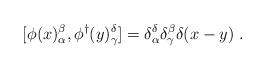
LaTeX: \begin{align*}[\phi(x)_\alpha^\beta,\phi^\dagger(y)_\gamma^\delta] = \delta_\alpha^\delta \delta_\gamma^\beta \delta(x-y)\; .\end{align*}